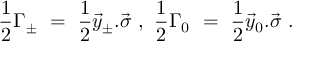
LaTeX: \frac { 1 } { 2 } \Gamma _ { \pm } \ = \ \frac { 1 } { 2 } \vec { y } _ { \pm } . \vec { \sigma } \ , \ \frac { 1 } { 2 } \Gamma _ { 0 } \ = \ \frac { 1 } { 2 } \vec { y } _ { 0 } . \vec { \sigma } \ .